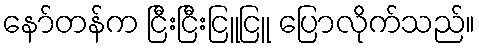
နော်တန်က ငြီးငြီးငြူငြူ ပြောလိုက်သည်။